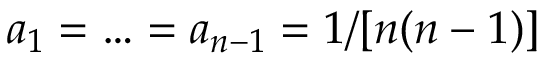
a _ { 1 } = \ldots = a _ { n - 1 } = 1 / [ n ( n - 1 ) ]